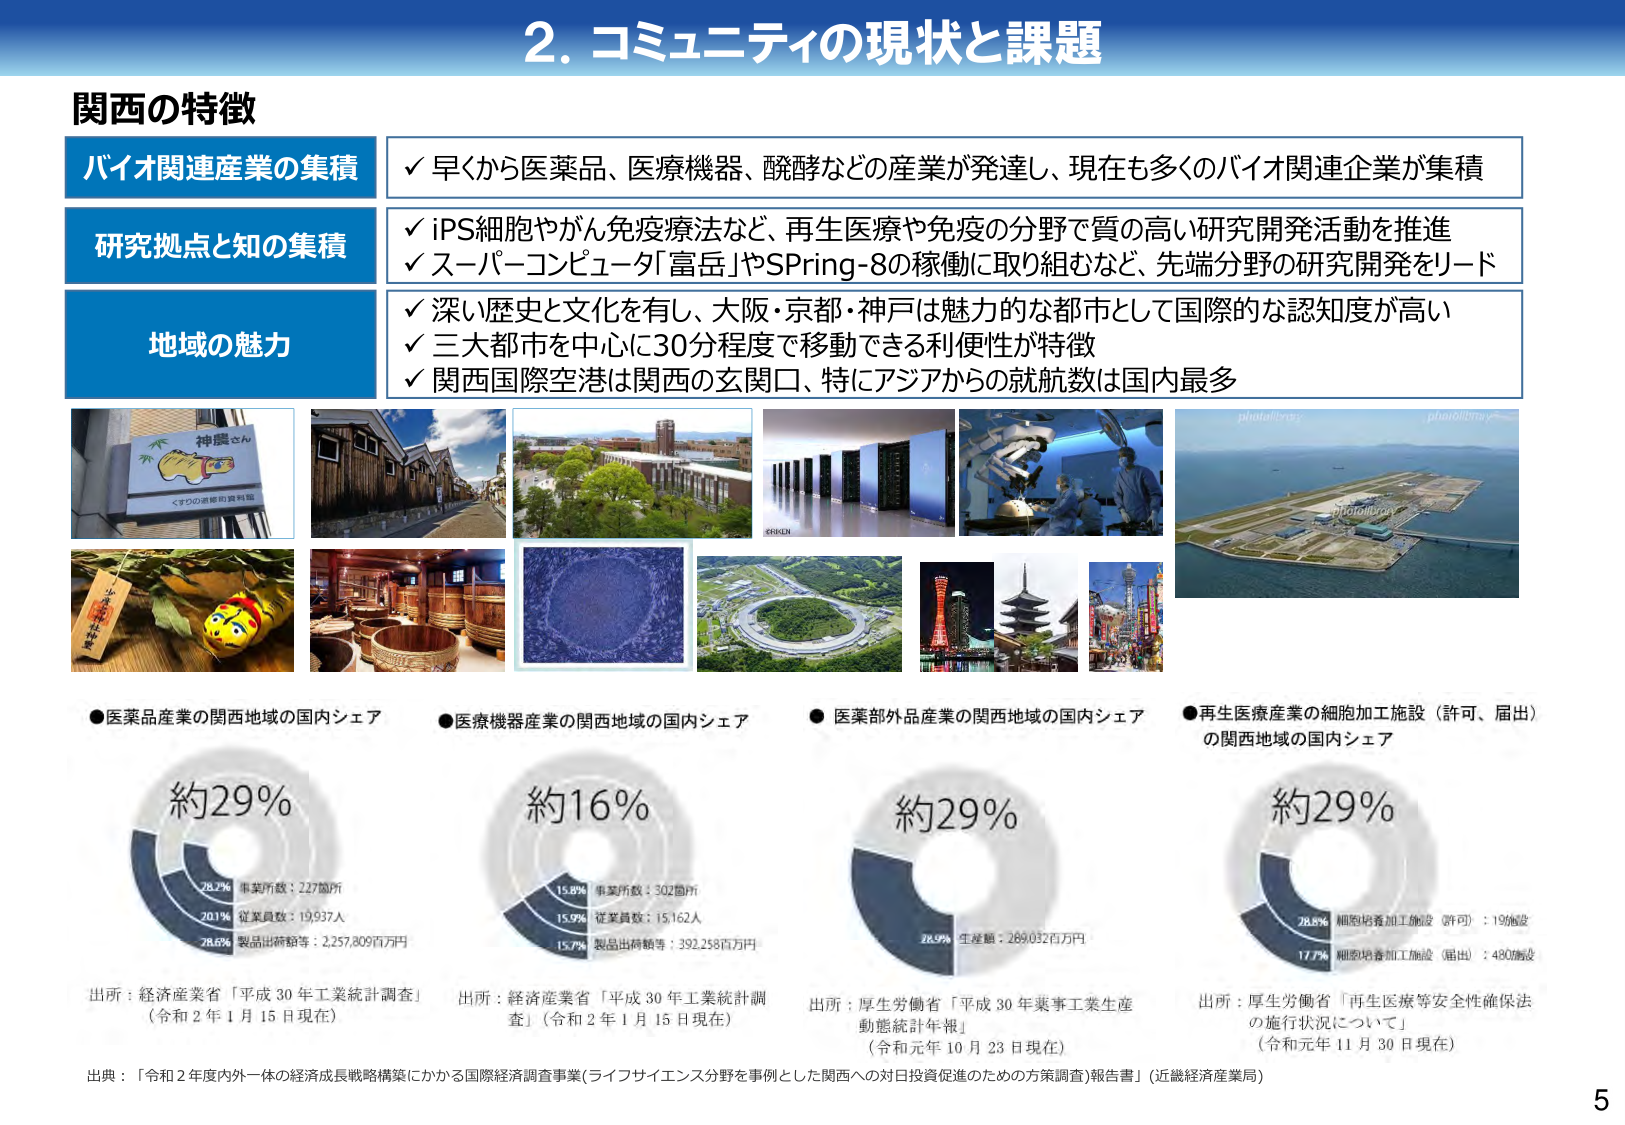
2. コミュニティの現状と課題

関西の特徴

バイオ関連産業の集積
✓ 早くから医薬品、医療機器、醗酵などの産業が発達し、現在も多くのバイオ関連企業が集積

研究拠点と知の集積
✓ iPS細胞やがん免疫療法など、再生医療や免疫の分野で質の高い研究開発活動を推進
✓ スーパーコンピュータ「富岳」やSPring-8の稼働に取り組むなど、先端分野の研究開発をリード

地域の魅力
✓ 深い歴史と文化を有し、大阪・京都・神戸は魅力的な都市として国際的な認知度が高い
✓ 三大都市を中心に30分程度で移動できる利便性が特徴
✓ 関西国際空港は関西の玄関口、特にアジアからの就航数は国内最多

神戸さん
くすのき通産業資料館

●医薬品産業の関西地域の国内シェア
約29%
28.2% 事業所数：227箇所
20.1% 従業員数：19,937人
26.6% 製品出荷額等：2,257,809百万円
出所：経済産業省「平成30年工業統計調査」（令和2年1月15日現在）

●医療機器産業の関西地域の国内シェア
約16%
15.8% 事業所数：302箇所
15.9% 従業員数：15,162人
15.7% 製品出荷額等：392,258百万円
出所：経済産業省「平成30年工業統計調査」（令和2年1月15日現在）

●医薬部外品産業の関西地域の国内シェア
約29%
28.9% 生産額：289,032百万円
出所：厚生労働省「平成30年薬事工業生産動態統計年報」（令和元年10月23日現在）

●再生医療産業の細胞加工施設（許可、届出）の関西地域の国内シェア
約29%
28.5% 細胞培養加工施設（許可）：198施設
17.7% 細胞培養加工施設（届出）：480施設
出所：厚生労働省「再生医療等安全性確保法の施行状況について」（令和元年11月30日現在）

出典：「令和2年度内外一体の経済成長戦略構築にかかる国際経済調査事業(ライフサイエンス分野を事例とした関西への対日投資促進のための方策調査)報告書」（近畿経済産業局）

5